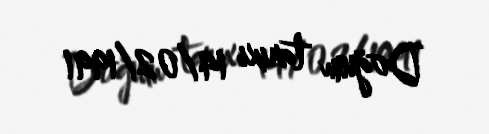
Doğum tarixi 14/02/1991